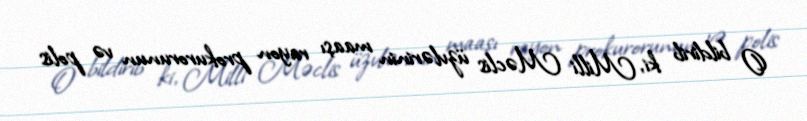
O bildirib ki, Milli Məclis üzvlərinin maaşı rayon prokurorunun və polis